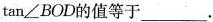
tan∠BOD的值等于___。